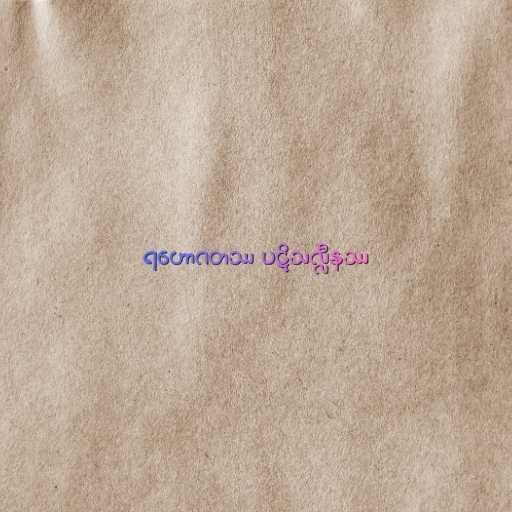
ရဟောဂတဿ ပဋိသလ္လီနဿ